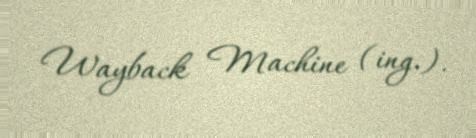
Wayback Machine (ing.).